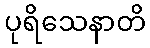
ပုရိသေနာတိ